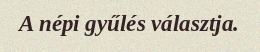
A népi gyűlés választja.